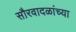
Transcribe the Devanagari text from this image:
सौरवादळांच्या